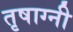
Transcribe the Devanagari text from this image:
तृषाग्नी